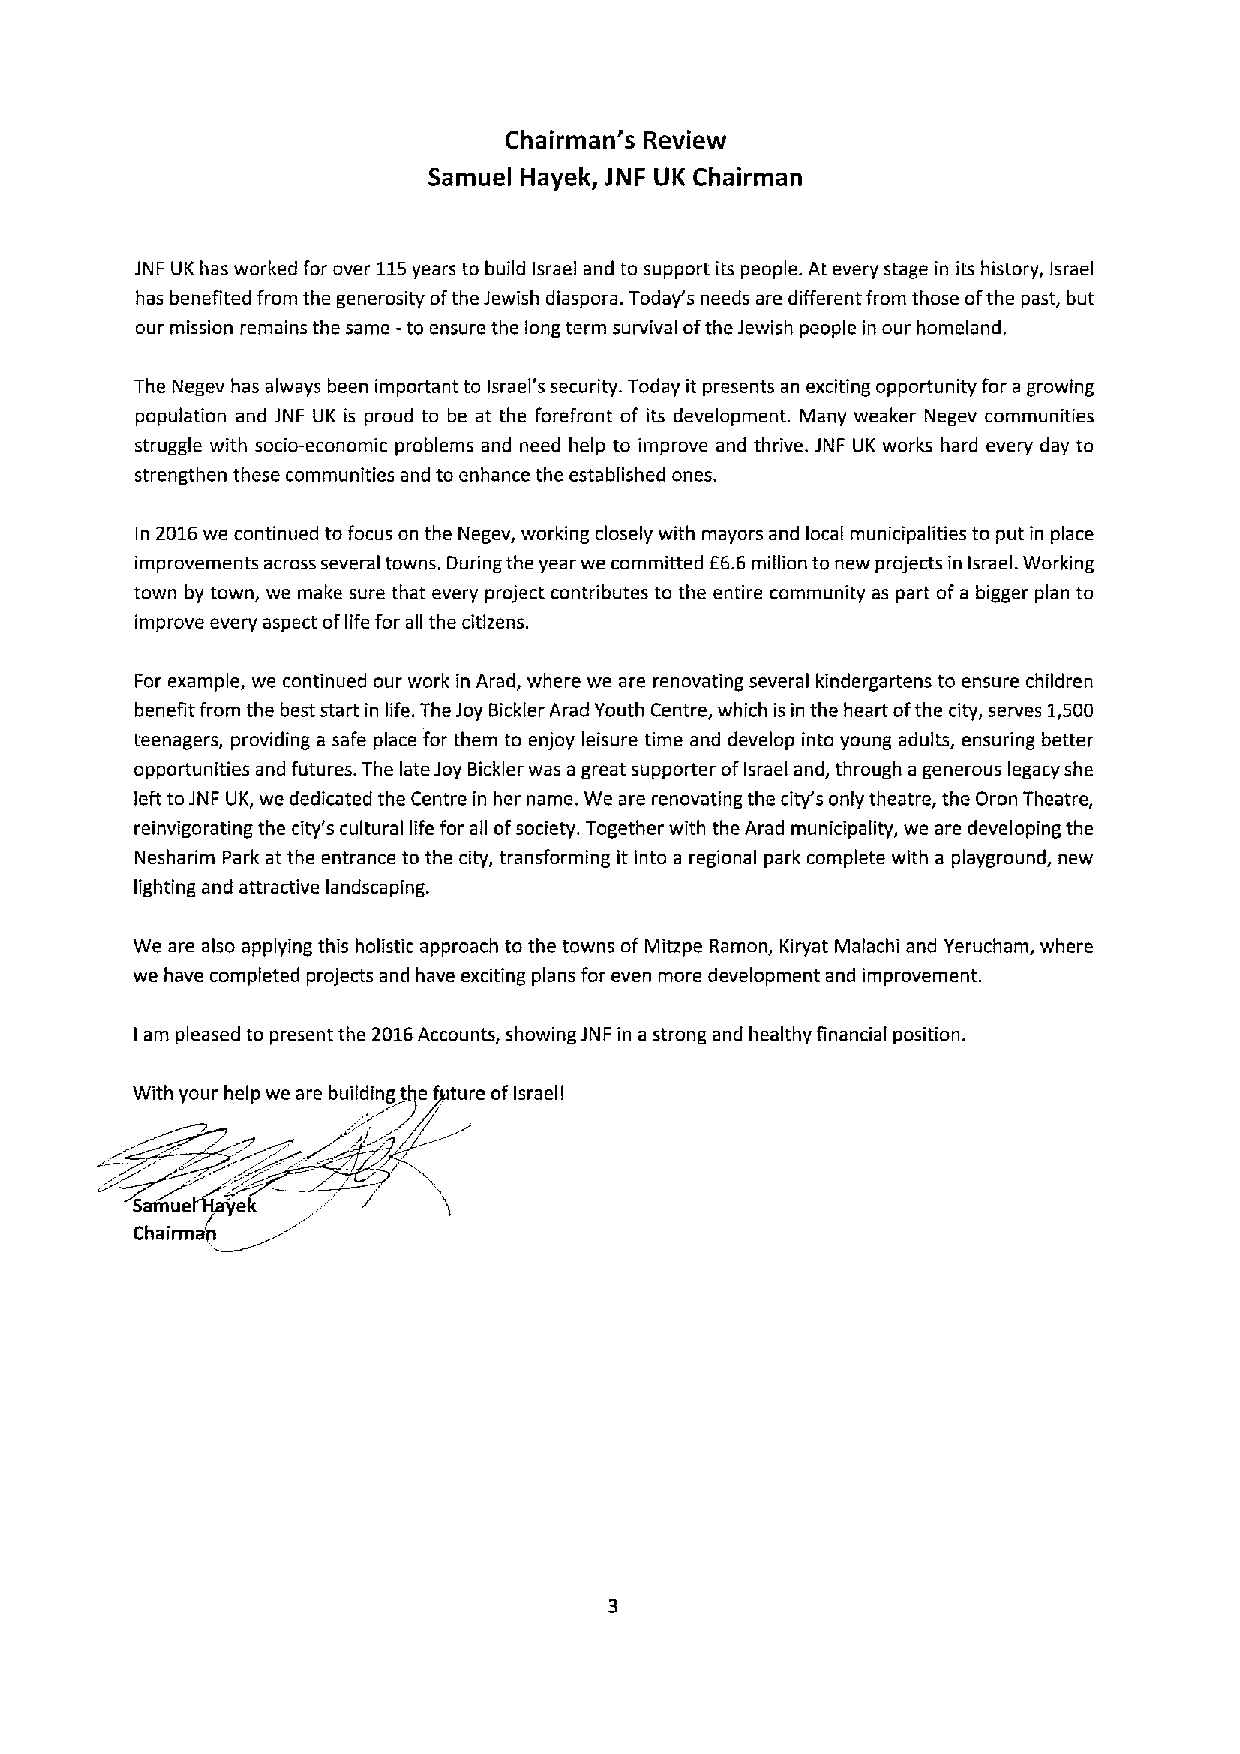
Chairman'5 Review
 Samuel Hayek, JNF UK Chairman
 JNF UK has worked for over 115years to build Israel and to support its people. At every stage in its history, Israel
 has benefited from the generosity ofthe Jewish diaspora. Today's needs are different from those ofthe past, but
 our mission remains the same -to ensure the long term survival ofthe Jewish people in our homeland.
 The Negev has always been important to Israel's security. Today it presents an exciting opportunity for a growing
 population and JNF UK is proud to be at the forefront of its development. Many weaker Negev communities
 struggle with socio-economic problems and need help to improve and thrive. JNF UK works hard every day to
 strengthen these communities and to enhance the established ones.
 In 2016we continued to focus on the Negev, working closely with mayors and local municipalities to put in place
 improvements across several towns. During the year we committed 66.6million to new projects in Israel. Working
 town by town, we make sure that every project contributes to the entire community as part ofa bigger plan to
 improve every aspect oflife for all the citizens.
 For example, we continued our work in Arad, where we are renovating several kindergartens to ensure children
 benefit from the best start in life. The Joy Bickler Arad Youth Centre, which isin the heart ofthe city, serves 1,500
 teenagers, providing a safe place for them to enjoy leisure time and develop into young adults, ensuring better
 opportunities and futures. The late Joy Bickler was a great supporter ofIsrael and, through a generous legacy she
 left toJNF UK, we dedicated the Centre in her name. We are renovating the city's only theatre, the Oron Theatre,
 reinvigorating the city's cultural life for all ofsociety. Together with the Arad municipality, we are developing the
 Nesharim Park at the entrance to the city, transforming it into a regional park complete with a playground, new
 lighting and attractive landscaping.
 We are also applying this holistic approach to the towns of Mitzpe Ramon, Kiryat Malachi and Yerucham, where
 we have completed projects and have exciting plans for even more development and improvement.
 am pleased to present the 2016Accounts, showing JNF in a strong and healthy financial position.
 I
 With your help we are building tjie future ofIsraeli
 SamuetTfayek
 Chairmait~'